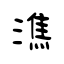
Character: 潐